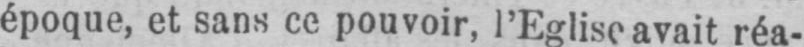
époque, et sans ce pouvoir, l’Eglise avait réa-